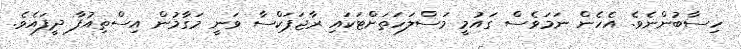
ހިސާބުންނެވެ. އެހެން ނަމަވެސް ގައުމީ މަސްލަހަތަށްޓަކައި ރާޖަޕަކްސާ ވަނީ މަގާމުން އިސްތިއުފާ ދީފައެވެ.